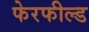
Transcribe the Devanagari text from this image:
फेरफील्ड